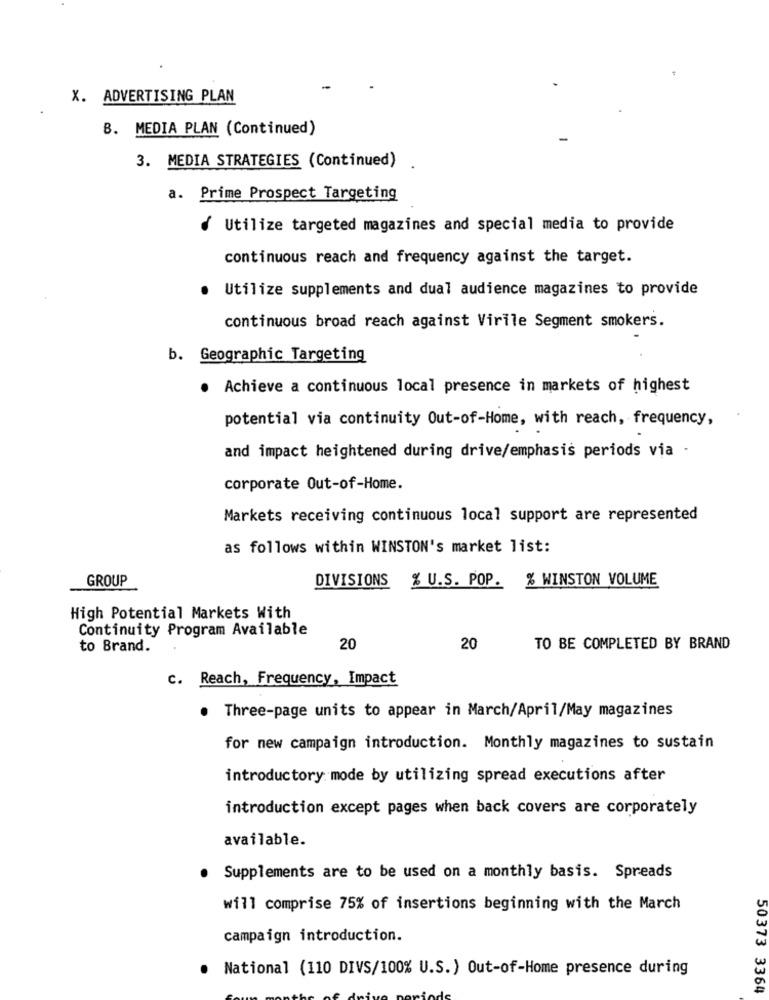
X. ADVERTISING PLAN
B. MEDIA PLAN (Continued)
3. MEDIA STRATEGIES (Continued)
a. Prime Prospect Targeting
/ Utilize targeted magazines and special media to provide
continuous reach and frequency against the target.
Utilize supplements and dual audience magazines to provide
continuous broad reach against Virile Segment smokers.
b. Geographic Targeting
. Achieve a continuous local presence in markets of highest
potential via continuity Out-of-Home, with reach, frequency,
and impact heightened during drive/emphasis periods via -
corporate Out-of-Home.
Markets receiving continuous local support are represented
as follows within WINSTON's market list:
GROUP
DIVISIONS
% U.S. POP. % WINSTON VOLUME
High Potential Markets With
Continuity Program Available
to Brand.
20
20
TO BE COMPLETED BY BRAND
c. Reach, Frequency, Impact
. Three-page units to appear in March/April/May magazines
for new campaign introduction. Monthly magazines to sustain
introductory mode by utilizing spread executions after
introduction except pages when back covers are corporately
available.
Supplements are to be used on a monthly basis. Spreads
will comprise 75% of insertions beginning with the March
campaign introduction.
National (110 DIVS/100% U.S.) Out-of-Home presence during
50373 3364